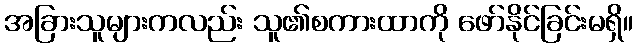
အခြားသူများကလည်း သူ၏စကားထာကို ဖော်နိုင်ခြင်းမရှိ။